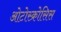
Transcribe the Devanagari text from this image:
ओटोस्क्रोसिस